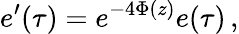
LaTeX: e^{\prime}(\tau)=e^{-4\Phi(z)}e(\tau)\, ,